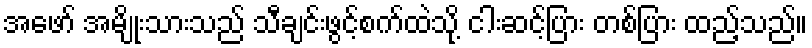
အဖော် အမျိုးသားသည် သီချင်းဖွင့်စက်ထဲသို့ ငါးဆင့်ပြား တစ်ပြား ထည့်သည်။